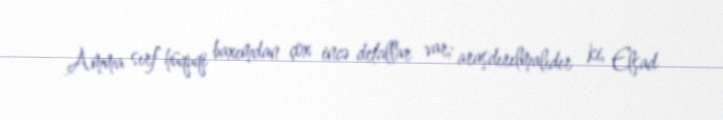
Amma sırf hüquqi baxımdan çox incə detallar var; araşdırılmalıdır ki, Elşad